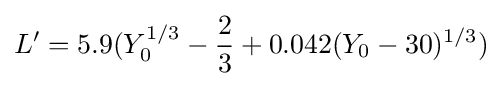
L'=5.9(Y_{0}^{1/3}-{\frac {2}{3}}+0.042(Y_{0}-30)^{1/3})